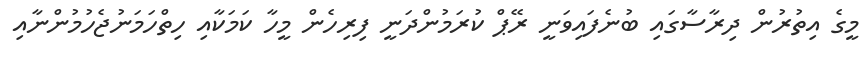
މީގެ އިތުރުން ދިރާސާގައި ބުނެފައިވަނީ ރޭޕް ކުރަމުންދަނީ ފިރިހެން މީހާ ކަމަކާއި ހިތްހަމަނުޖެހުމުންނާއި